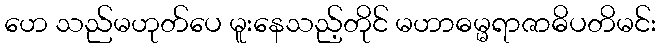
ဟေ သည်မဟုတ်ပေ မူးနေသည့်တိုင် မဟာဓမ္မရာဇာဓိပတိမင်း